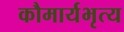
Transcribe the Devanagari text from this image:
कौमार्यभृत्य